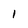
Character: 1